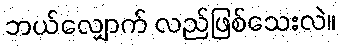
ဘယ်လျှောက် လည်ဖြစ်သေးလဲ။